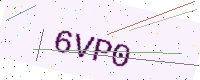
Text: 6VP0